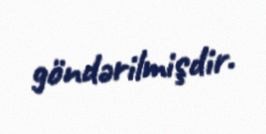
göndərilmişdir.